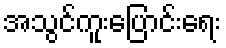
အသွင်ကူးပြောင်းရေး